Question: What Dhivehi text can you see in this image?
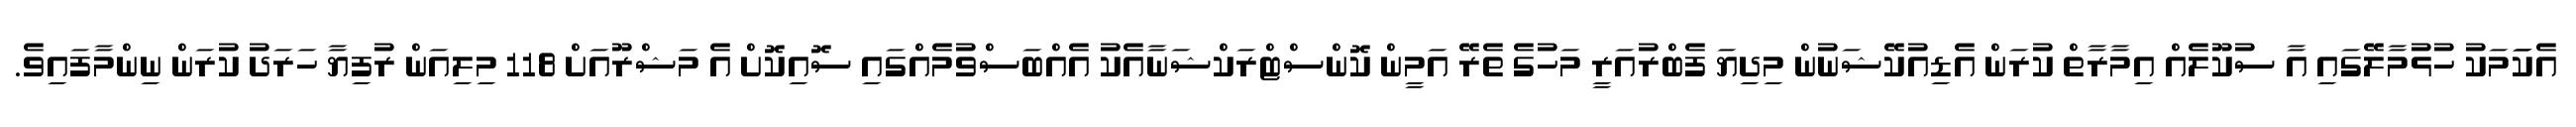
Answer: އެކަަމަކު ހުޅުމާލޭގައި އާ ސުކޫލެއް އިމާރާތް ކުރަން އެޑިއުކޭޝަނުން މިދިޔަ ފެބްރުއަރީ މަހުގެ ތެރޭ އަމީން ކޮންސްޓްރަކްޝަނާއެކު އެއްބަސްވުމެއްގައި ސޮއިކޮށް އެ މަޝްރޫއަށް 118 މިލިއަން ރުފިޔާ ހަރަދު ކުރަން ނިންމާފައިވެ.